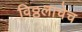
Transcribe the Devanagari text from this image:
विठ्ठलाचेच